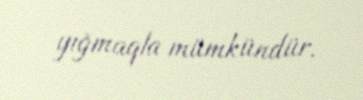
yığmaqla mümkündür.